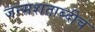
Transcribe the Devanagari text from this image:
जन्मशताब्दीचं